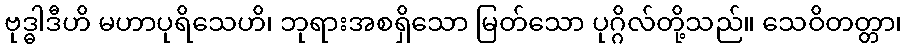
ဗုဒ္ဓါဒီဟိ မဟာပုရိသေဟိ၊ ဘုရားအစရှိသော မြတ်သော ပုဂ္ဂိလ်တို့သည်။ သေဝိတတ္တာ၊